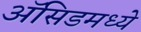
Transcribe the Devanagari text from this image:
ॲसिडमध्ये